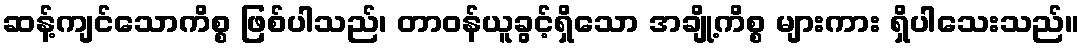
ဆန့်ကျင်သောကိစ္စ ဖြစ်ပါသည်၊ တာဝန်ယူခွင့်ရှိသော အချို့ကိစ္စ များကား ရှိပါသေးသည်။